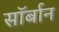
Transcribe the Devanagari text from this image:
सॉर्बान